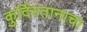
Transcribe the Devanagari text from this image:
कुर्दिस्तानाचा